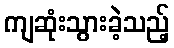
ကျဆုံးသွားခဲ့သည့်